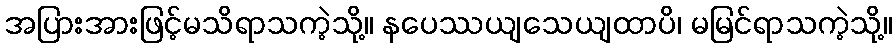
အပြားအားဖြင့်မသိရာသကဲ့သို့။ နပေဿယျသေယျထာပိ၊ မမြင်ရာသကဲ့သို့။